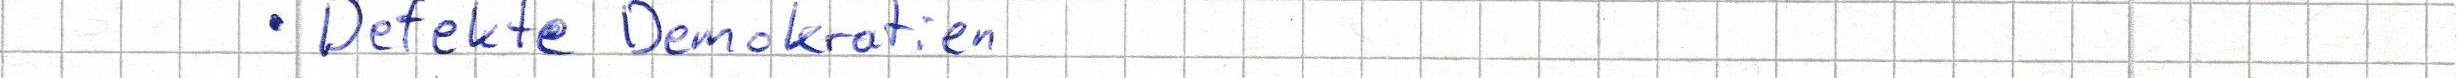
Defekte Demokratien